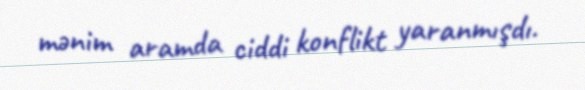
mənim aramda ciddi konflikt yaranmışdı.